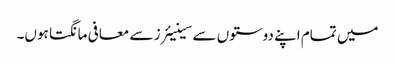
میں تمام اپنے دوستوں سے سینیئرز سے معافی مانگتا ہوں۔